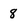
Character: 8